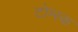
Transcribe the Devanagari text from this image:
टोम्स्क